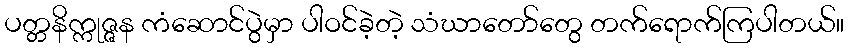
ပတ္တနိက္ကုဇ္ဇန ကံဆောင်ပွဲမှာ ပါဝင်ခဲ့တဲ့ သံဃာတော်တွေ တက်ရောက်ကြပါတယ်။